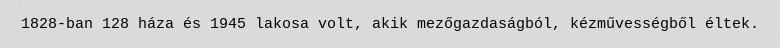
1828-ban 128 háza és 1945 lakosa volt, akik mezőgazdaságból, kézművességből éltek.